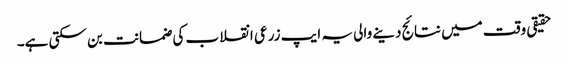
حقیقی وقت میں نتائج دینے والی یہ ایپ زرعی انقلاب کی ضمانت بن سکتی ہے۔